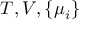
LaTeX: T , V , \{ \mu _ { i } \}